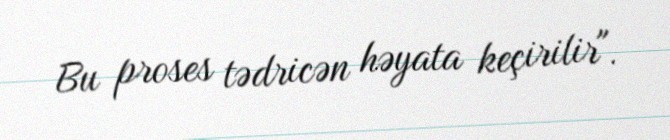
Bu proses tədricən həyata keçirilir".